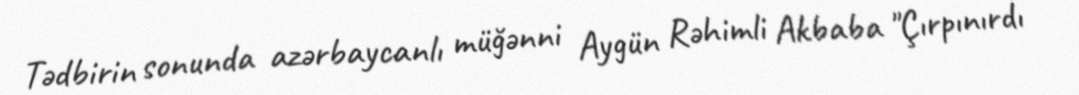
Tədbirin sonunda azərbaycanlı müğənni Aygün Rəhimli Akbaba "Çırpınırdı